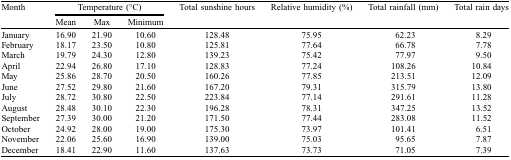
| Month | <COLSPAN=3> Temperature (oC) | <ROWSPAN=2> Total sunshine hours | <ROWSPAN=2> Relative humidity (%) | <ROWSPAN=2> Total rainfall (mm) | <ROWSPAN=2> Total rain days |
 |  | Mean | Max | Minimum |
 | --- | --- | --- | --- | --- | --- | --- | --- |
 | January | 16.90 | 21.90 | 10.60 | 128.48 | 75.95 | 62.23 | 8.29 |
 | February | 18.17 | 23.50 | 10.80 | 125.81 | 77.64 | 66.78 | 7.78 |
 | March | 19.79 | 24.30 | 12.80 | 139.23 | 75.42 | 77.97 | 9.50 |
 | April | 22.94 | 26.80 | 17.10 | 128.83 | 77.24 | 108.26 | 10.84 |
 | May | 25.86 | 28.70 | 20.50 | 160.26 | 77.85 | 213.51 | 12.09 |
 | June | 27.52 | 29.80 | 21.60 | 167.20 | 79.31 | 315.79 | 13.80 |
 | July | 28.72 | 30.80 | 22.50 | 223.84 | 77.14 | 291.61 | 11.28 |
 | August | 28.48 | 30.10 | 22.30 | 196.28 | 78.31 | 347.25 | 13.52 |
 | September | 27.39 | 30.00 | 21.20 | 171.50 | 77.44 | 283.08 | 11.52 |
 | October | 24.92 | 28.00 | 19.00 | 175.30 | 73.97 | 101.41 | 6.51 |
 | November | 22.06 | 25.60 | 16.90 | 139.00 | 75.03 | 95.65 | 7.87 |
 | December | 18.41 | 22.90 | 11.60 | 137.63 | 73.73 | 71.05 | 7.39 |